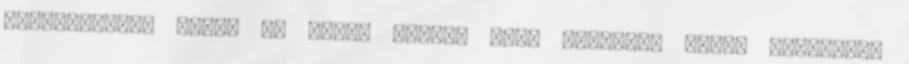
haldokoljon. Talán rá tudja venni, hogy legalább addig maradjon,